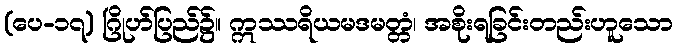
(ပေ-၁၇) ဂြိုဟ်ပြည်၌။ ဣဿရိယမဒမတ္တံ၊ အစိုးရခြင်းတည်းဟူသော